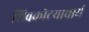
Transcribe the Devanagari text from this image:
शिवकोटयाचार्य